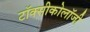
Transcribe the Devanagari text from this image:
टॉक्सीकोलॉजी